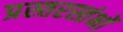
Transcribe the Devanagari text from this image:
प्रस्तरस्तंभों